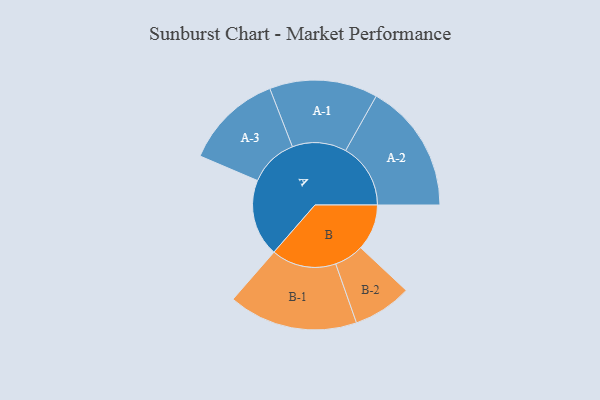
{"axis": {"x": "Segment", "y": "Value"}, "legend": ["", "A", "B"], "data": [{"x": "A", "y": 356, "type": ""}, {"x": "B", "y": 213, "type": ""}, {"x": "A-1", "y": 250, "type": "A"}, {"x": "A-2", "y": 300, "type": "A"}, {"x": "A-3", "y": 226, "type": "A"}, {"x": "B-1", "y": 299, "type": "B"}, {"x": "B-2", "y": 136, "type": "B"}]}